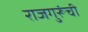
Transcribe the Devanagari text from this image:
राजगुरूंची